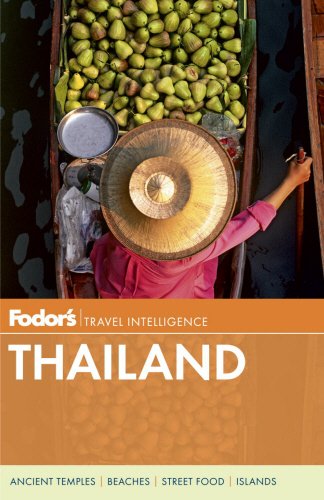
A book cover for Fodor's Thailand: with Myanmar (Burma), Cambodia, and Laos (Full-color Travel Guide); Fodor's; Travel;